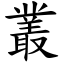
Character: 叢